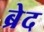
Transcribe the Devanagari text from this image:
ब्रेद